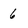
Character: 6